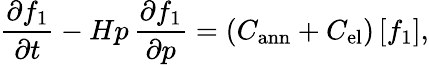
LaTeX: \frac{\partial f_{1}}{\partial t}-Hp\, \frac{\partial f_{1}}{\partial p}=(C_{\mathrm{ann}}+C_{\mathrm{el}})\, [f_{1}],